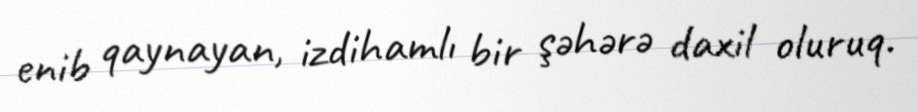
enib qaynayan, izdihamlı bir şəhərə daxil oluruq.